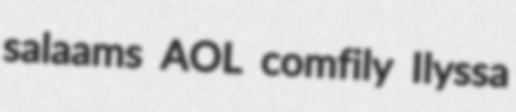
salaams AOL comfily Ilyssa